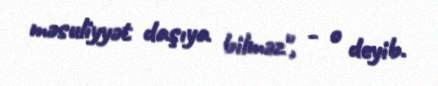
məsuliyyət daşıya bilməz", - o deyib.